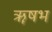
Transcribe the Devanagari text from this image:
ॠषभ